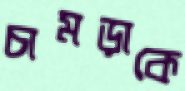
চামড়াকে